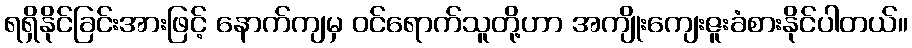
ရရှိနိုင်ခြင်းအားဖြင့် နောက်ကျမှ ဝင်ရောက်သူတို့ဟာ အကျိုးကျေးဇူးခံစားနိုင်ပါတယ်။